Civil Veterinary Dept. Assam report 1927-50 - 1927-1950
Year: 1927
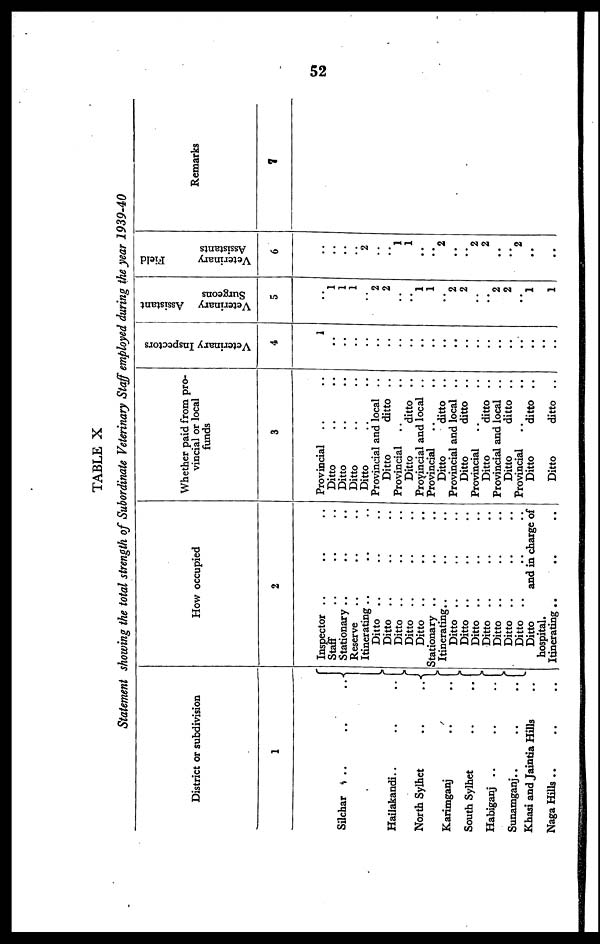
52
TABLE X
Statement showing the total strength of Subordinate Veterinary Staff employed during the year 1939-40
District or subdivision
1
Silchar .. .. ..
Hailakandi.. .. ..
North Sylhet .. ..
Karimganj .. ..
South Sylhet .. ..
Habiganj .. .. ..
Sunamganj.. .. ..
Khasi and Jaintia Hills ..
Naga Hills
..
..
..
How occupied
2
Inspector ..
Staff ..
Stationary ..
Reserve ..
Itinerating ..
Ditto ..
Ditto ..
Ditto ..
Ditto ..
Ditto ..
Stationary ..
Itinerating..
Ditto ..
Ditto ..
Ditto ..
Ditto ..
Ditto ..
Ditto ..
Ditto ..
Ditto ..
hospital.
Itinerating ..
..
..
..
..
..
..
..
..
..
..
..
.. ..
..
..
..
..
..
..
..
..
..
..
..
..
..
..
..
..
.. ..
..
..
..
..
..
and in charge of
..
..
Whether paid from pro-
vincial or local
funds
3
Provincial .. ..
Ditto .. ..
Ditto .. ..
Ditto .. ..
Ditto .. ..
Provincial and local ..
Ditto
ditto ..
Provincial .. ..
Ditto
ditto ..
Provincial and local ..
Provincial .. ..
Ditto
ditto ..
Provincial and local ..
Ditto
ditto ..
Provincial .. ..
Ditto
ditto ..
Provincial and local ..
Ditto
ditto ..
Provincial .. ..
Ditto
ditto ..
Ditto
ditto ..
Veterinary Inspectors
4
1
..
..
..
..
..
..
..
..
..
..
..
.. ..
..
..
..
..
..
..
..
Veterinary
Assistant
Surgeons
5
..
1 1
1
..
2
2
..
..
1
1
..
2 2
..
..
2 2
..
1
1
Veterinary
Field
Assistants
6
..
..
..
..
..
..
1
1
..
..
2
..
..
2 2
..
..
2
..
..
Remarks
7